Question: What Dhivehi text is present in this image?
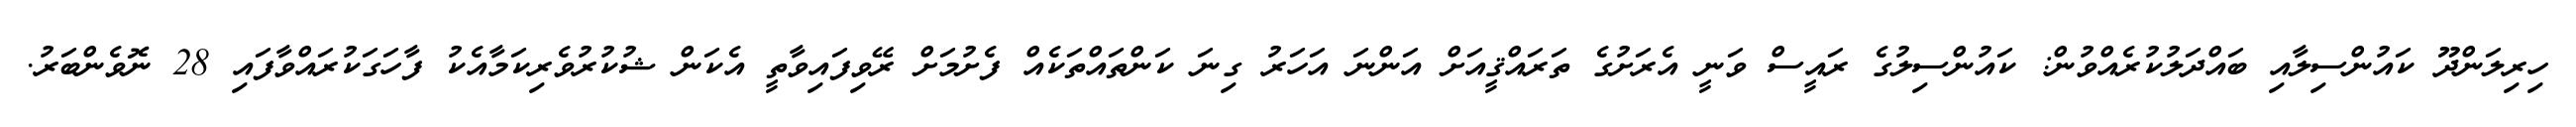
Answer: ހިރިލަންދޫ ކައުންސިލާއި ބައްދަލުކުރެއްވުން: ކައުންސިލުގެ ރައީސް ވަނީ އެރަށުގެ ތަރައްޤީއަށް އަންނަ އަހަރު ގިނަ ކަންތައްތަކެއް ފެށުމަށް ރޭވިފައިވާތީ އެކަން ޝުކުރުވެރިކަމާއެކު ފާހަގަކުރައްވާފައި 28 ނޮވެންބަރު.